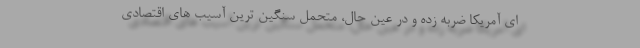
ای آمریکا ضربه زده و در عین حال، متحمل سنگین ترین آسیب های اقتصادی